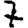
Digit: 7